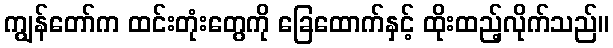
ကျွန်တော်က ထင်းတုံးတွေကို ခြေထောက်နှင့် ထိုးထည့်လိုက်သည်။